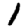
Digit: 1